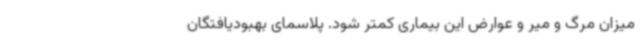
میزان مرگ و میر و عوارض این بیماری کمتر شود. پلاسمای بهبودیافتگان